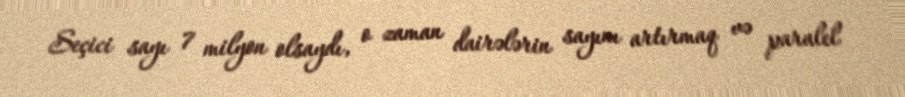
Seçici sayı 7 milyon olsaydı, o zaman dairələrin sayını artırmaq və paralel